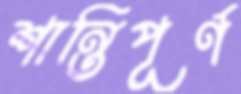
শান্তিপূর্ণ